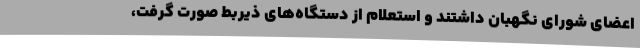
اعضای شورای نگهبان داشتند و استعلام از دستگاه‌های ذیربط صورت گرفت،